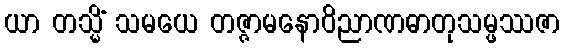
ယာ တသ္မိံ သမယေ တဇ္ဇာမနောဝိညာဏဓာတုသမ္ဖဿဇာ